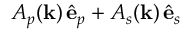
A _ { p } ( \mathbf { k } ) \, \hat { \mathbf { e } } _ { p } + A _ { s } ( \mathbf { k } ) \, \hat { \mathbf { e } } _ { s }